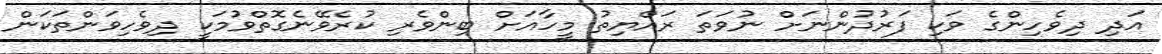
އަދި ދިވެހިންގެ ވަކި ފަރުދުންނަށް ނުވަތަ ރައްޔިތު މީހާއަށް ބިންވެރި ކުރެވޭނެގޮތްވުމަކީ ދިވެހިވަންތަކަން